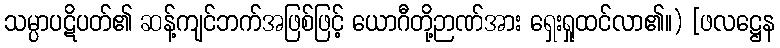
သမ္ပာပဋိပတ်၏ ဆန့်ကျင်ဘက်အဖြစ်ဖြင့် ယောဂီတို့ဉာဏ်အား ရှေးရှုထင်လာ၏။) [ဖလဋ္ဌေန